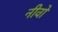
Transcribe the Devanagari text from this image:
नीवो